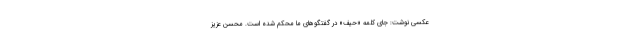
عکسی نوشت: جای کلمه «حیف» در گفتگوهای ما محکم شده است. محسن عزیز